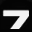
Digit: 7